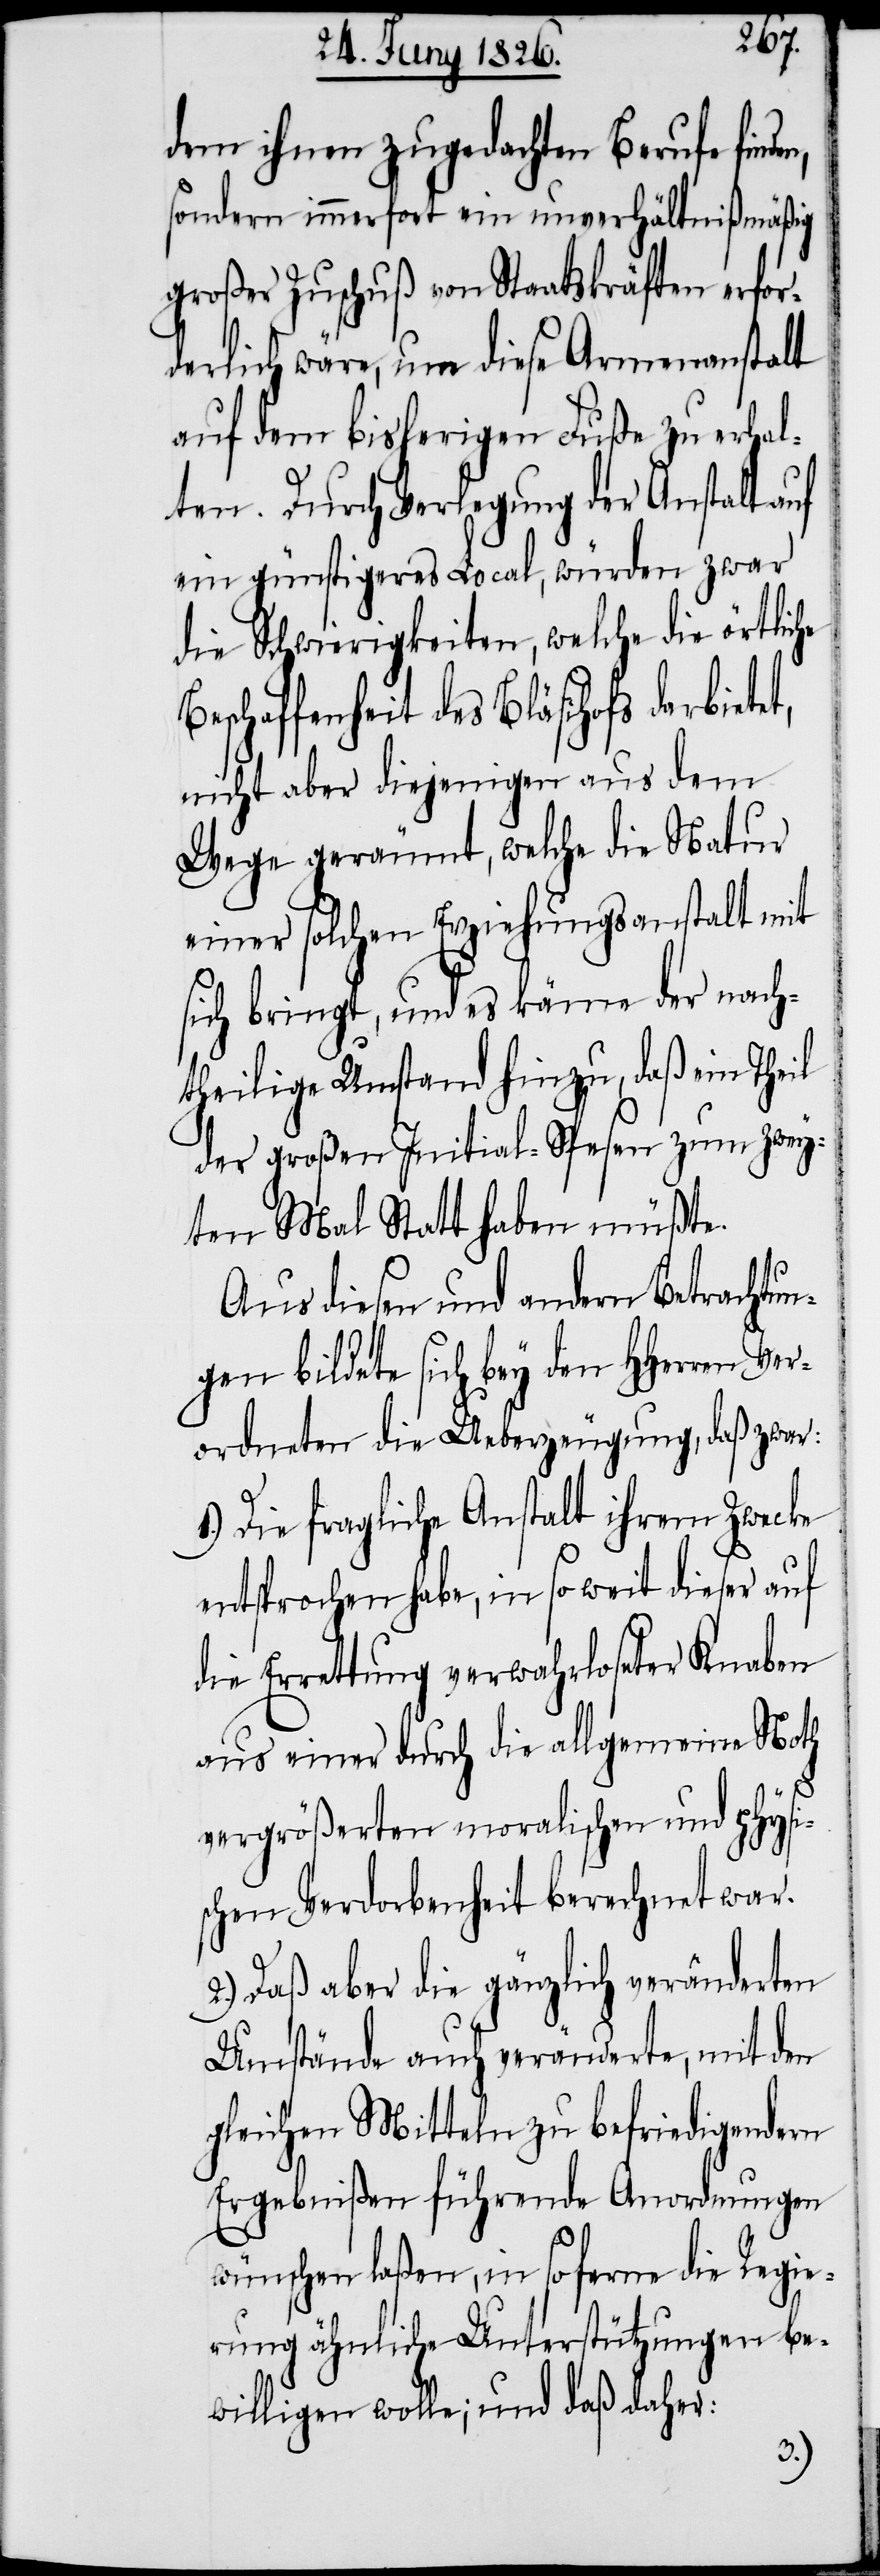
dem ihnen zugedachten Berufe
sondern immerfort ein unverhältnißmäßig
großer Zuschuß von Staatskräften erfor¬
derlich wäre, um diese Armenanstalt
auf dem bisherigen Fuße zu erhal¬
ten. Durch Verlegung der Anstalt auf
ein günstigeres Local, würden zuwar
die Schwierigkeiten, welche die örtliche
Beschaffenheit des Bläsihofs darbietet,
nicht aber diejenigen aus dem
Wege geräumt, welche die Natur
einer solchen Erziehungsanstalt mit
sich bringt, und es käme der nach¬
theilige Umstand hinzu, daß ein Theil
der großen Initial-Spesen zum zwey¬
ten Mal Statt haben müßte.
Aus diesen und andern Betrachtun¬
gen bildete sich bey den HHerren Ver¬
ordneten die Ueberzeugung, daß zwar:
1.) Die fragliche Anstalt ihrem Zwecke
entsprochen habe, in so weit dieser auf
die Errettung verwahrloseter Knaben
aus einer durch die allgemeine Noth
vergrößerten moralischen und physi¬
schen Verdorbenheit berechnet war.
2.) Daß aber die gänzlich veränderten
Umstände auch veränderte, mit den
gleichen Mitteln zu befriedigendern
Ergebnißen führende Anordnungen
wünschen laßen, in so ferne die Regie¬
rung ähnliche Unterstützung be¬
willigen wolle; und daß daher: